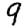
Digit: 9